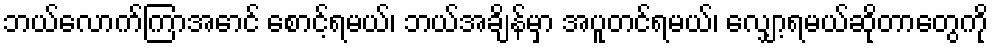
ဘယ်လောက်ကြာအောင် စောင့်ရမယ်၊ ဘယ်အချိန်မှာ အပူတင်ရမယ်၊ လျှော့ရမယ်ဆိုတာတွေကို